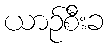
ယာဉ်စီးခ